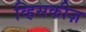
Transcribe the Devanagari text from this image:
व्हिसकीज़